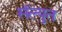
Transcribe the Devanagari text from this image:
सॅल्युत